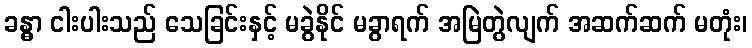
ခန္ဓာ ငါးပါးသည် သေခြင်းနှင့် မခွဲနိုင် မခွာရက် အမြဲတွဲလျက် အဆက်ဆက် မတုံး၊